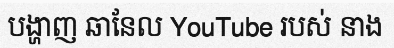
បង្ហាញ ឆានែល YouTube របស់ នាង